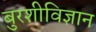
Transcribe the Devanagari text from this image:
बुरशीविज्ञान